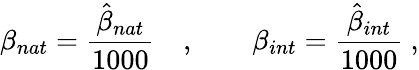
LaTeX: \beta_{nat}=\frac{\hat{\beta}_{nat}}{1000}\quad,\qquad\beta_{int}=\frac{\hat{\beta}_{int}}{1000}\ ,